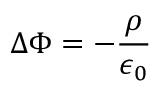
\Delta \Phi = - \frac { \rho } { \epsilon _ { 0 } }